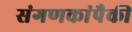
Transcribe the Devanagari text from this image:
संगणकांपैकी